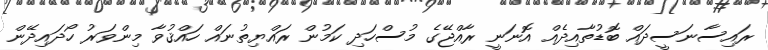
ރައިސާނަސީދައް ބޮޑުތާއިދެއް އޮނަނީ ރާއްޖޭގެ މުސްހަދި ކަމުން ރައްޔިތުނައް ހައްޤުވާ މިންވަރު ހޯދައިދޭން